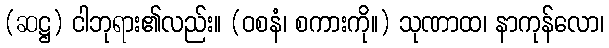
(ဆဋ္ဌ) ငါဘုရား၏လည်း။ (ဝစနံ၊ စကားကို။) သုဏာထ၊ နာကုန်လော၊